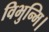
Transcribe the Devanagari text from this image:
विभुन्मि।